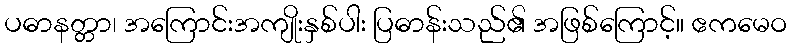
ပဓာနတ္တာ၊ အကြောင်းအကျိုးနှစ်ပါး ပြဓာန်းသည်၏ အဖြစ်ကြောင့်။ ဧကမေဝ